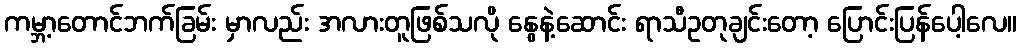
ကမ္ဘာ့တောင်ဘက်ခြမ်း မှာလည်း အလားတူဖြစ်သလို နွေနဲ့ဆောင်း ရာသီဥတုချင်းတော့ ပြောင်းပြန်ပေါ့လေ။